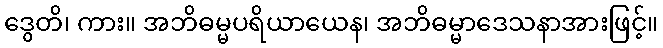
ဒွေတိ၊ ကား။ အဘိဓမ္မပရိယာယေန၊ အဘိဓမ္မာဒေသနာအားဖြင့်။